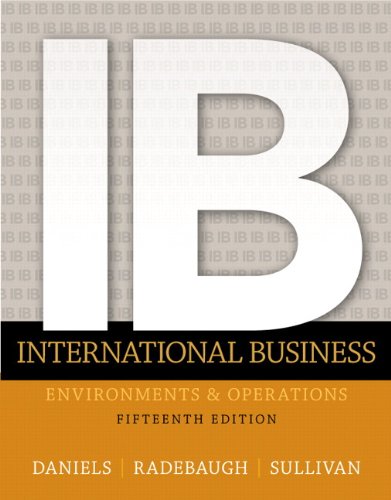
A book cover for International Business (15th Edition); John Daniels; Business & Money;